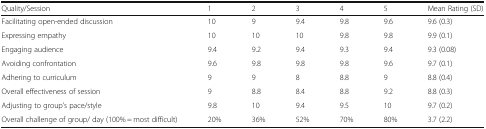
<table><thead><tr><td><b>Quality/Session</b></td><td><b>1</b></td><td><b>2</b></td><td><b>3</b></td><td><b>4</b></td><td><b>5</b></td><td><b>Mean Rating (SD)</b></td></tr></thead><tbody><tr><td>Facilitating open-ended discussion</td><td>10</td><td>9</td><td>9.4</td><td>9.8</td><td>9.6</td><td>9.6 (0.3)</td></tr><tr><td>Expressing empathy</td><td>10</td><td>10</td><td>10</td><td>9.8</td><td>9.8</td><td>9.9 (0.1)</td></tr><tr><td>Engaging audience</td><td>9.4</td><td>9.2</td><td>9.4</td><td>9.3</td><td>9.4</td><td>9.3 (0.08)</td></tr><tr><td>Avoiding confrontation</td><td>9.6</td><td>9.8</td><td>9.8</td><td>9.8</td><td>9.6</td><td>9.7 (0.1)</td></tr><tr><td>Adhering to curriculum</td><td>9</td><td>9</td><td>8</td><td>8.8</td><td>9</td><td>8.8 (0.4)</td></tr><tr><td>Overall effectiveness of session</td><td>9</td><td>8.8</td><td>8.4</td><td>8.8</td><td>9.2</td><td>8.8 (0.3)</td></tr><tr><td>Adjusting to group’s pace/style</td><td>9.8</td><td>10</td><td>9.4</td><td>9.5</td><td>10</td><td>9.7 (0.2)</td></tr><tr><td>Overall challenge of group/ day (100% = most difficult)</td><td>20%</td><td>36%</td><td>52%</td><td>70%</td><td>80%</td><td>3.7 (2.2)</td></tr></tbody></table>